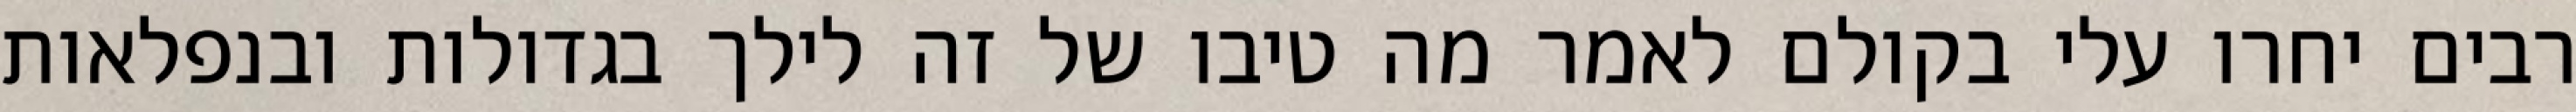
רבים יחרו עלי בקולם לאמר מה טיבו של זה לילך בגדולות ובנפלאות